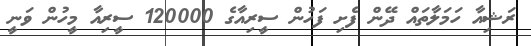
ރަޝިއާ ހަމަލާތައް ދޭން ފެށި ފަހުން ސީރިއާގެ 120000 ސީރިއާ މީހުން ވަނީ